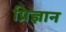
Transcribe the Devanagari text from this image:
प्रिज्ञान